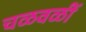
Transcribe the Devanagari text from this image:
चळवळीं